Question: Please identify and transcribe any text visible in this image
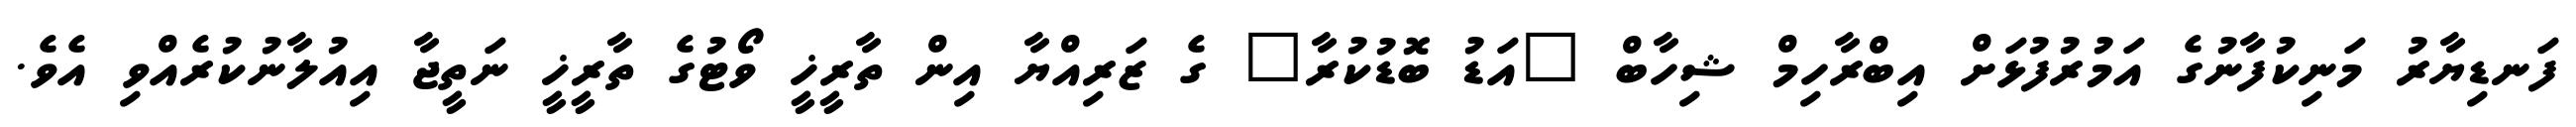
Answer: ފަނޑިޔާރު މަނިކުފާނުގެ އަމުރުފުޅަށް އިބްރާހިމް ޝިހާބް "އަޑު ބޮޑުކުރާ" ގެ ޒަރިއްޔާ އިން ތާރީޚީ ވޯޓުގެ ތާރީޚީ ނަތީޖާ އިއުލާނުކުރެއްވި އެވެ.